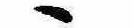
ゝ